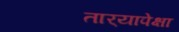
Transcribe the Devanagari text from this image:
तार्‍यापेक्षा